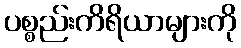
ပစ္စည်းကိရိယာများကို